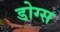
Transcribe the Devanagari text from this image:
डोग्स